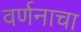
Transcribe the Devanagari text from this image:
वर्णनाचा